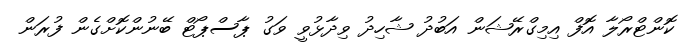
ކޮންޓްރޯލާ އޮފް އިމިގްރޭޝަން އަބުދު ޝާހިދު ވިދާޅުވީ ވަގު ޕާސްޕޯޓް ބޭނުންކޮށްގެން ފުރަން